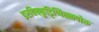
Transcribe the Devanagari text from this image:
इरविक्कुट्टिप्पिळ्ळपोरू